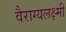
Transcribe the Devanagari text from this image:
वैराग्यलक्ष्मी